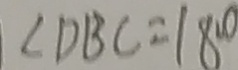
\angle D B C = 1 8 0 ^ { \circ }